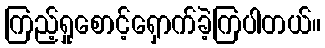
ကြည့်ရှုစောင့်ရှောက်ခဲ့ကြပါတယ်။